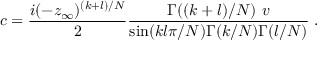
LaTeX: c = { \frac { i ( - z _ { \infty } ) ^ { ( k + l ) / N } } { 2 } } { \frac { \Gamma ( ( k + l ) / N ) ~ v } { \sin ( k l \pi / N ) \Gamma ( k / N ) \Gamma ( l / N ) } } \; .